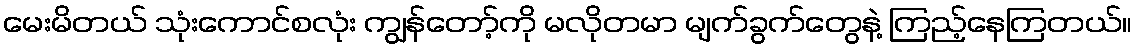
မေးမိတယ် သုံးကောင်စလုံး ကျွန်တော့်ကို မလိုတမာ မျက်ခွက်တွေနဲ့ ကြည့်နေကြတယ်။